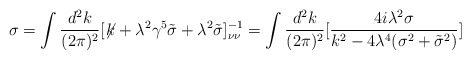
\begin{align*}\sigma=\int{d^{2}k\over (2\pi )^{2}}[\not\! k+\lambda^{2}\gamma^{5}\tilde{\sigma}+\lambda^{2}\tilde{\sigma}]^{-1}_{\nu\nu}=\int{d^{2}k\over (2\pi )^{2}}[{4i\lambda^{2}\sigma\over k^{2}-4\lambda^{4}(\sigma^{2}+\tilde{\sigma}^{2})}]\end{align*}